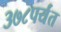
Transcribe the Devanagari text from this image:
३७८पर्यंत